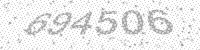
Solution: 694506